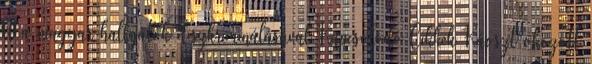
el a magyar hallgatók diszkriminálásával Kapcsolódó Cikkek Káoszt okozott